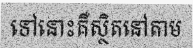
ទៅនោះគឺស្ថិតនៅតាម